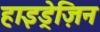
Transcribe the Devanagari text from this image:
हाइड्रेज़िन